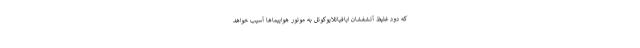
که دود غلیظ آتشفشان ایافیاتلایوکوتل به موتور هواپیماها آسیب خواهد